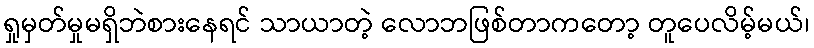
ရှုမှတ်မှုမရှိဘဲစားနေရင် သာယာတဲ့ လောဘဖြစ်တာကတော့ တူပေလိမ့်မယ်၊